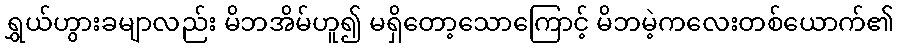
ရွှယ်ဟွားခမျာလည်း မိဘအိမ်ဟူ၍ မရှိတော့သောကြောင့် မိဘမဲ့ကလေးတစ်ယောက်၏